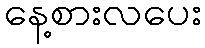
နေ့စားလပေး